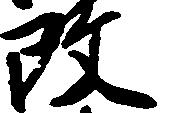
改